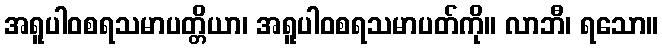
အရူပါဝစရသမာပတ္တိယာ၊ အရူပါဝစရသမာပတ်ကို။ လာဘီ၊ ရသော။